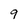
Character: 9